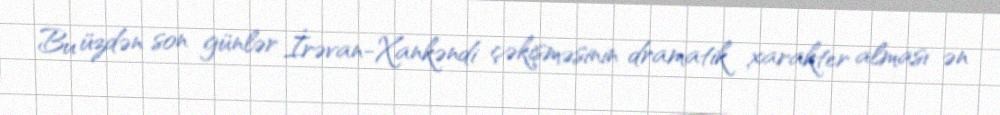
Bu üzdən son günlər İrəvan-Xankəndi çəkişməsinin dramatik xarakter alması ən